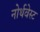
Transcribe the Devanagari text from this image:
नोर्थवेस्ट